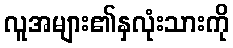
လူအများ၏နှလုံးသားကို